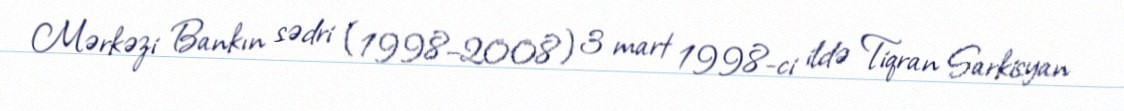
Mərkəzi Bankın sədri (1998–2008) 3 mart 1998-ci ildə Tiqran Sarkisyan